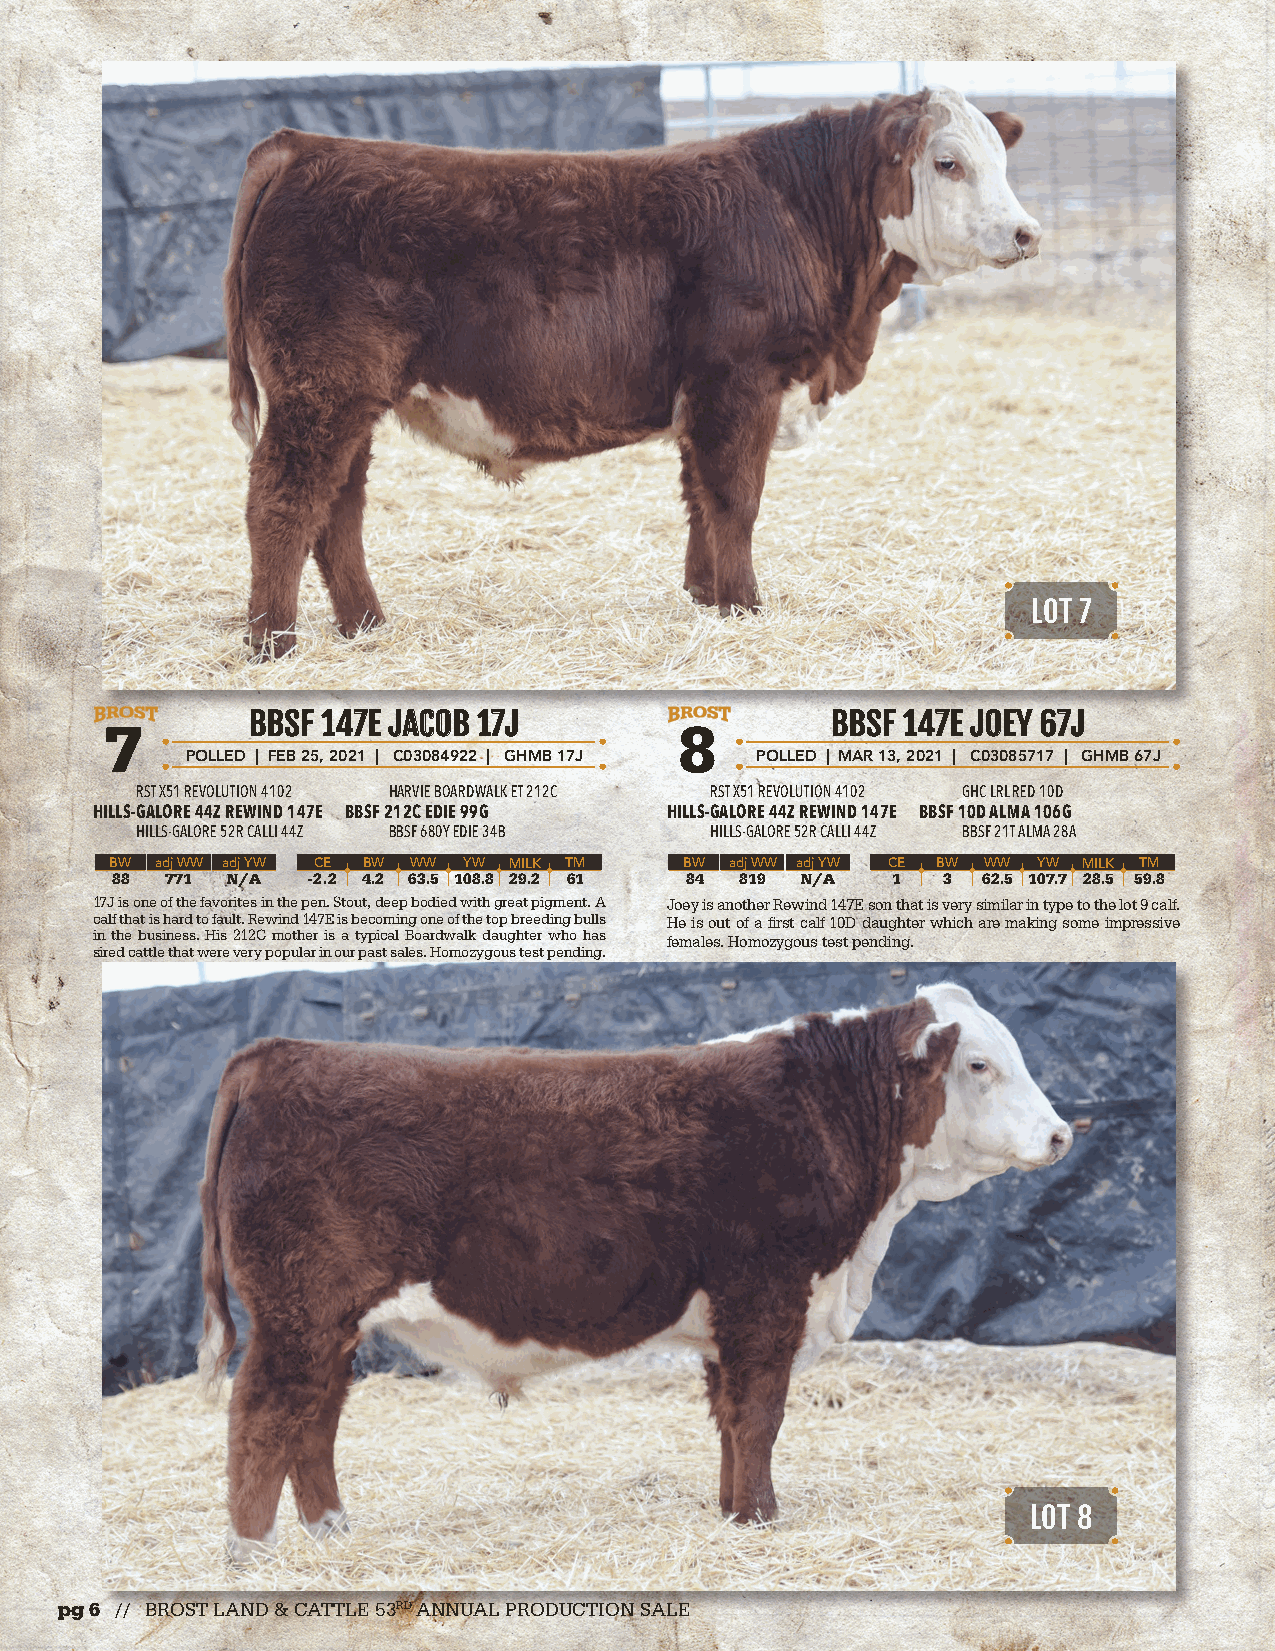
LOT 7
 BBBBSSFF 114477EE JJAACCOOBB 1177JJ    BBBBSSFF 114477EE JJOOEEYY 6677JJ
 7                                     8
 POLLED | FEB 25, 2021 | C03084922 | GHMB 17J POLLED | MAR 13, 2021 | C03085717 | GHMB 67J
 RST X51 REVOLUTION 4102 HARVIE BOARDWALK ET 212C RST X51 REVOLUTION 4102 GHC LRL RED 10D
 HILLS-GALORE 44Z REWIND 147E BBSF 212C EDIE 99G HILLS-GALORE 44Z REWIND 147E BBSF 10D ALMA 106G
 HILLS-GALORE 52R CALLI 44Z BBSF 680Y EDIE 34B HILLS-GALORE 52R CALLI 44Z BBSF 21T ALMA 28A
 BW adj WW adj YW CE BW WW YW MILK TM  BW adj WW adj YW CE BW WW YW MILK TM
 88  771 N/A  -2.2 4.2 63.5 108.8 29.2 61 84 819 N/A 1  3  62.5 107.7 28.5 59.8
 17J is one of the favorites in the pen. Stout, deep bodied with great pigment. A Joey is another Rewind 147E son that is very similar in type to the lot 9 calf.
 calf that is hard to fault. Rewind 147E is becoming one of the top breeding bulls He is out of a first calf 10D daughter which are making some impressive
 in the business. His 212C mother is a typical Boardwalk daughter who has females. Homozygous test pending.
 sired cattle that were very popular in our past sales. Homozygous test pending.
 LOT 8
 pg 6 // BROST LAND & CATTLE 53RD ANNUAL PRODUCTION SALE